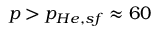
p > p _ { H e , s f } \approx 6 0